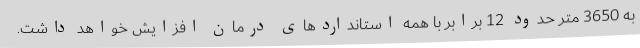
به 3650 متر حدود 12 برابر با همه استانداردهای درمان افزایش خواهد داشت.